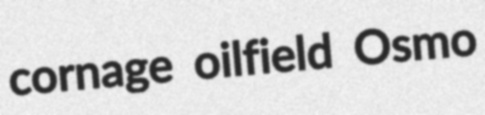
cornage oilfield Osmo